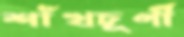
শাঁখচূর্ণী